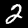
Label: 2